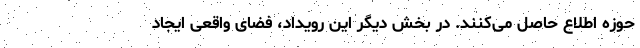
حوزه اطلاع حاصل می‌کنند. در بخش دیگر این رویداد، فضای واقعی ایجاد